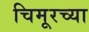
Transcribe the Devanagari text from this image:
चिमूरच्या